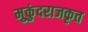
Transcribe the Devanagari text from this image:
मुकुंदराजकृत